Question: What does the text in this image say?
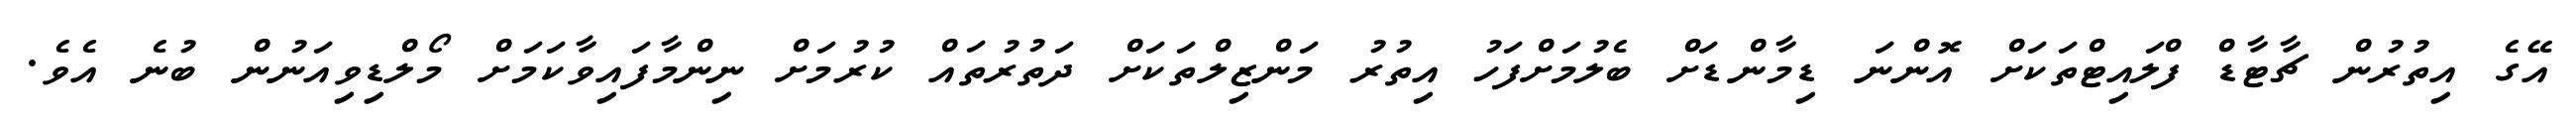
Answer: އޭގެ އިތުރުން ޗާޓާޑް ފްލައިޓްތަކަށް އޮންނަ ޑިމާންޑަށް ބެލުމަށްފަހު އިތުރު މަންޒިލްތަކަށް ދަތުރުތައް ކުރުމަށް ނިންމާފައިވާކަމަށް މޯލްޑިވިއަނުން ބުނެ އެވެ.